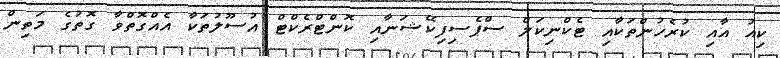
ކިއު އާއި ކުރެހުންތަކާއި ޓެކްނިކަލް ސްޕެސިފިކޭޝަނާއި ކޮންޓްރެކްޓް އުސޫލުތަކާ އެއްގޮތްވާ ގޮތުގެ މަތިން